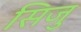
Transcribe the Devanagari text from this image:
सिजु